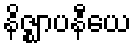
နိဇ္ဈာပနီယေ